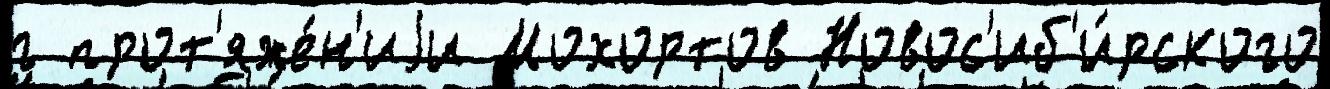
г прот'яже́н'иjи Мохортов Новос'иб'и́рского